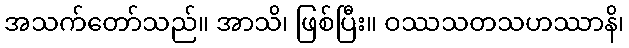
အသက်တော်သည်။ အာသိ၊ ဖြစ်ပြီး။ ဝဿသတသဟဿာနိ၊